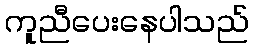
ကူညီပေးနေပါသည်